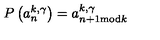
P \left( a _ { n } ^ { k , \gamma } \right) = a _ { n + 1 \mathrm { m o d } k } ^ { k , \gamma }